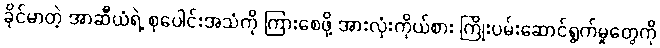
ခိုင်မာတဲ့ အာဆီယံရဲ့ စုပေါင်းအသံကို ကြားစေဖို့ အားလုံးကိုယ်စား ကြိုးပမ်းဆောင်ရွက်မှုတွေကို